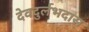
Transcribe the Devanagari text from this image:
देवदुर्लभदास